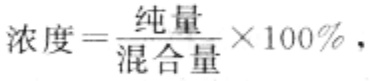
\(浓度=\frac{纯量}{混合量}\times100\%\)